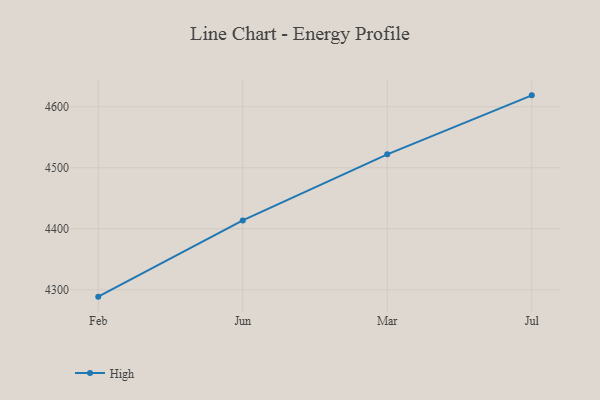
{"axis": {"x": "Month", "y": "Website Visitors"}, "legend": ["High"], "data": [{"x": "Feb", "y": 4288.8, "type": "High"}, {"x": "Jun", "y": 4413.8, "type": "High"}, {"x": "Mar", "y": 4522.0, "type": "High"}, {"x": "Jul", "y": 4618.7, "type": "High"}]}